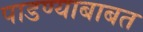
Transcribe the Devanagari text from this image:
पाडण्याबाबत